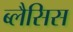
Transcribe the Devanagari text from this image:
ब्लैसिस